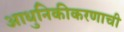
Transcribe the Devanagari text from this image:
आधुनिकीकरणाची